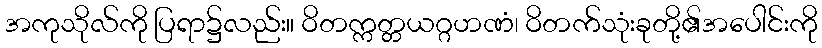
အကုသိုလ်ကို ပြရာ၌လည်း။ ဝိတက္ကတ္တယဂ္ဂဟဏံ၊ ဝိတက်သုံးခုတို့၏အပေါင်းကို